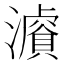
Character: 𤂓